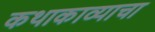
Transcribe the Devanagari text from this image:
कथाकाव्याचा